Report on lock hospitals in British Burma
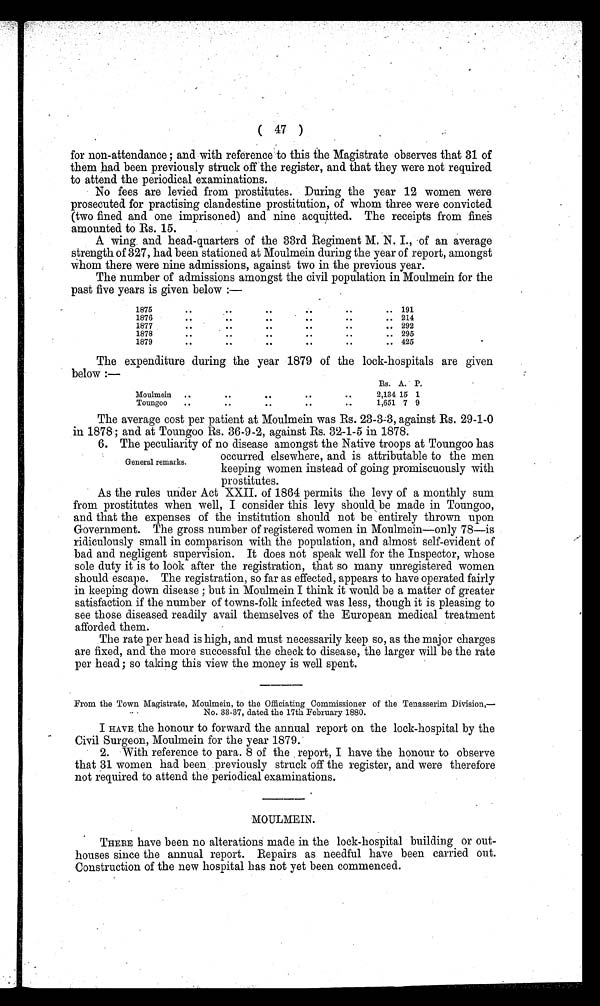
( 47 )
•
for non-attendance ; and with reference to this the Magistrate observes that 31 of
them had been previously struck off the register, and that they were not required
to attend the periodical examinations.
No fees are levied from prostitutes. During the year 12 women were
prosecuted for practising clandestine prostitution, of whom three were convicted
(two fined and one imprisoned) and nine acquitted. The receipts from fines
amounted to Rs. 15.
A wing and head-quarters of the 33rd Regiment M. N. I., -of an average
strength of 327, had been stationed at Moulmein during the year of report, amongst
Whom there were nine admissions, against two in the previous year.
The number of admissions amongst the civil population in Moulmein for the
past five years is given below :—
1875
..
..
. .
. .
..
..
191
1876
. .
. .
. .
. .
..
..
214
1877
. .
..
..
..
....
..
292
1878
. .
.
..
. .
. .
. .
..
295
1879
. .
. .
. .
. .
. .
..
425
The expenditure during the year 1879 of the lock-hospitals are given
below :—
Rs. A. P.
Moulmein ..
. .
. .
..
. .
2,134 15 1
Touneoo
..
. .
..
..
..
1,651 7 9
The average cost per patient at. Moulmein was Rs. 23-33, against Rs. 29-1-0
in 1878; and at Toungoo Rs. 36-9-2, against Rs. 32-1-5 in 1878.
6. The peculiarity of no disease amongst the Native troops at Toungoo has
occurred elsewhere, and is attributable to the men
keeping women instead of going promiscuously with
prostitutes.
As the rules under Act XXII. of 1864 permits the levy of a monthly sum
from prostitutes when well, I consider this levy should be made in Toungoo,
and that the expenses of the institution should not be entirely thrown upon
Government. The gross number of registered women in Moulmein—only 78—is
ridiculously small in comparison with the population, and almost self-evident of
bad and negligent supervision. It does not speak well for the Inspector, whose
sole duty it is to look after the registration, that so many unregistered women
should escape. The registration, so far as effected, appears to have operated fairly
in keeping down disease ; but in Moulmein I think it would be a matter of greater
satisfaction if the number of towns-folk infected was less, though it is pleasing to
see those diseased readily avail themselves of the European medical treatment
afforded them.
The rate per head is high, and must necessarily keep so, as the major charges
are fixed, and the more successful the check to disease, the larger will be the rate
per head ; so taking this view the money is well spent.
From the Town Magistrate, Moulmein, to the Officiating Commissioner of the Tenasserim Division,—
.
No. 33-37, dated the 17th February 1880.
I HAVE the honour to forward the annual report on the lock-hospital by the
Civil Surgeon, Moulmein for the year 1879.
2. With reference to para. 8 of the report, I have the honour to observe
that 31 women had been previously struck off the register, and were therefore
not required to attend the periodical examinations.
MOULMEIN.
THERE have been no alterations made in the lock-hospital building or out-
houses since the annual report. Repairs as needful have been carried out.
Construction of the new hospital has not yet been commenced.
General remarks.